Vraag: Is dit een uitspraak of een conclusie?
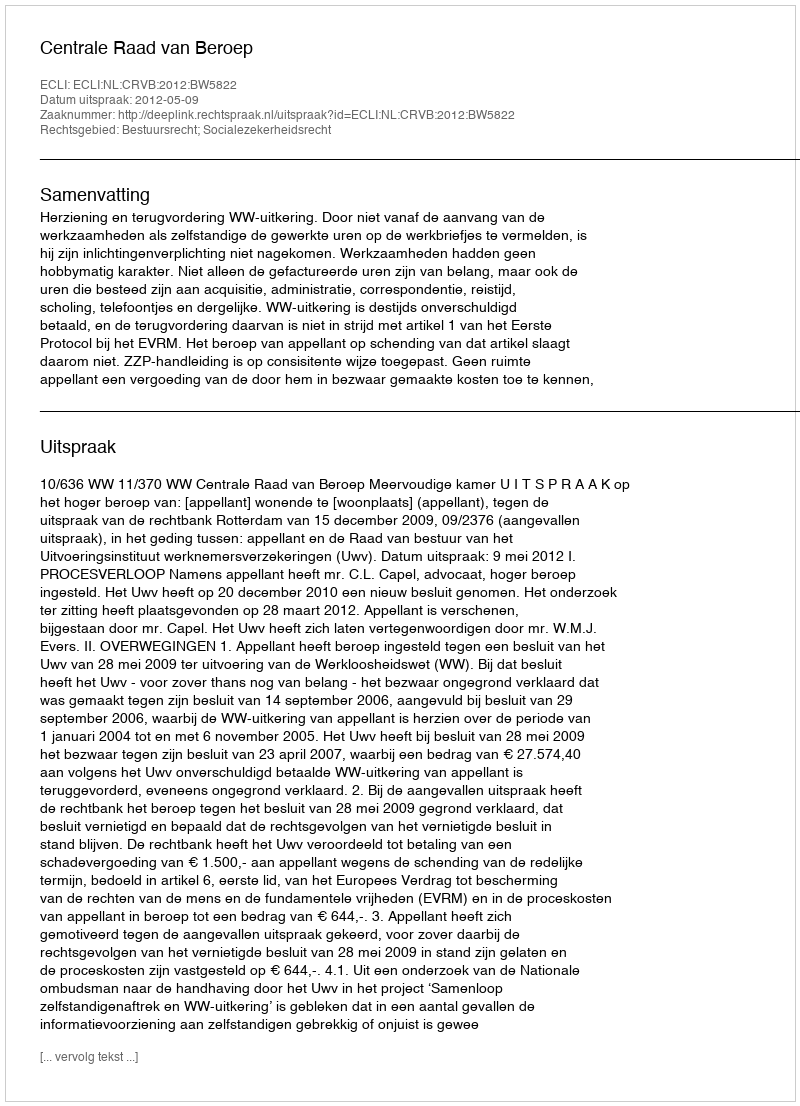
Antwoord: Uitspraak